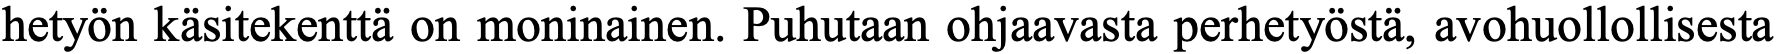
hetyön käsitekenttä on moninainen. Puhutaan ohjaavasta perhetyöstä, avohuollollisesta